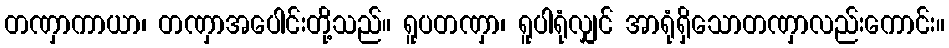
တဏှာကာယာ၊ တဏှာအပေါင်းတို့သည်။ ရူပတဏှာ၊ ရူပါရုံလျှင် အာရုံရှိသောတဏှာလည်းကောင်း။